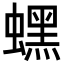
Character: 蟔